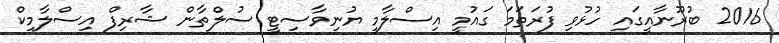
2016 ބުރޫނާއީގައި ހުޅުވި ފުރަތަމަ ގައުމީ އިސްލާމީ ޔުނިވާސިޓީ ސުލްތާން ޝާރިފް އިސްލާމިކް